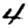
Digit: 4